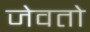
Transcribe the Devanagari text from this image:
जेवतो